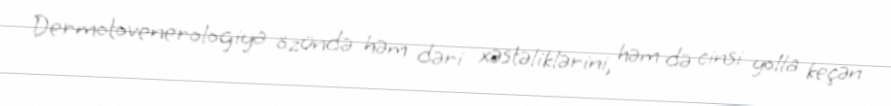
Dermotovenerologiya özündə həm dəri xəstəliklərini, həm də cinsi yolla keçən